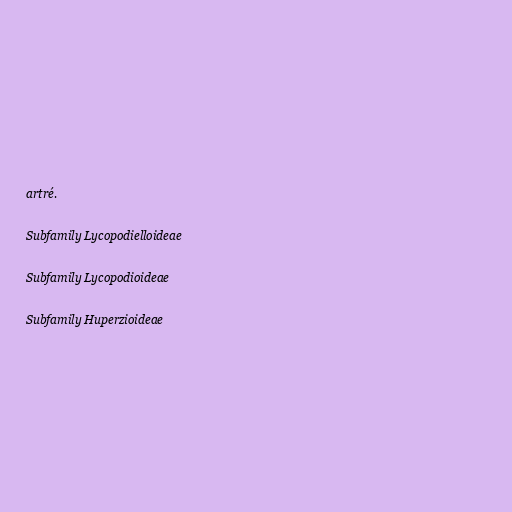
artré.

Subfamily Lycopodielloideae

Subfamily Lycopodioideae

Subfamily Huperzioideae